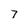
Character: 7